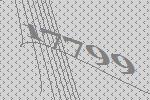
17799